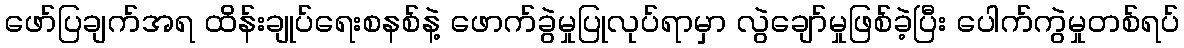
ဖော်ပြချက်အရ ထိန်းချုပ်ရေးစနစ်နဲ့ ဖောက်ခွဲမှုပြုလုပ်ရာမှာ လွဲချော်မှုဖြစ်ခဲ့ပြီး ပေါက်ကွဲမှုတစ်ရပ်